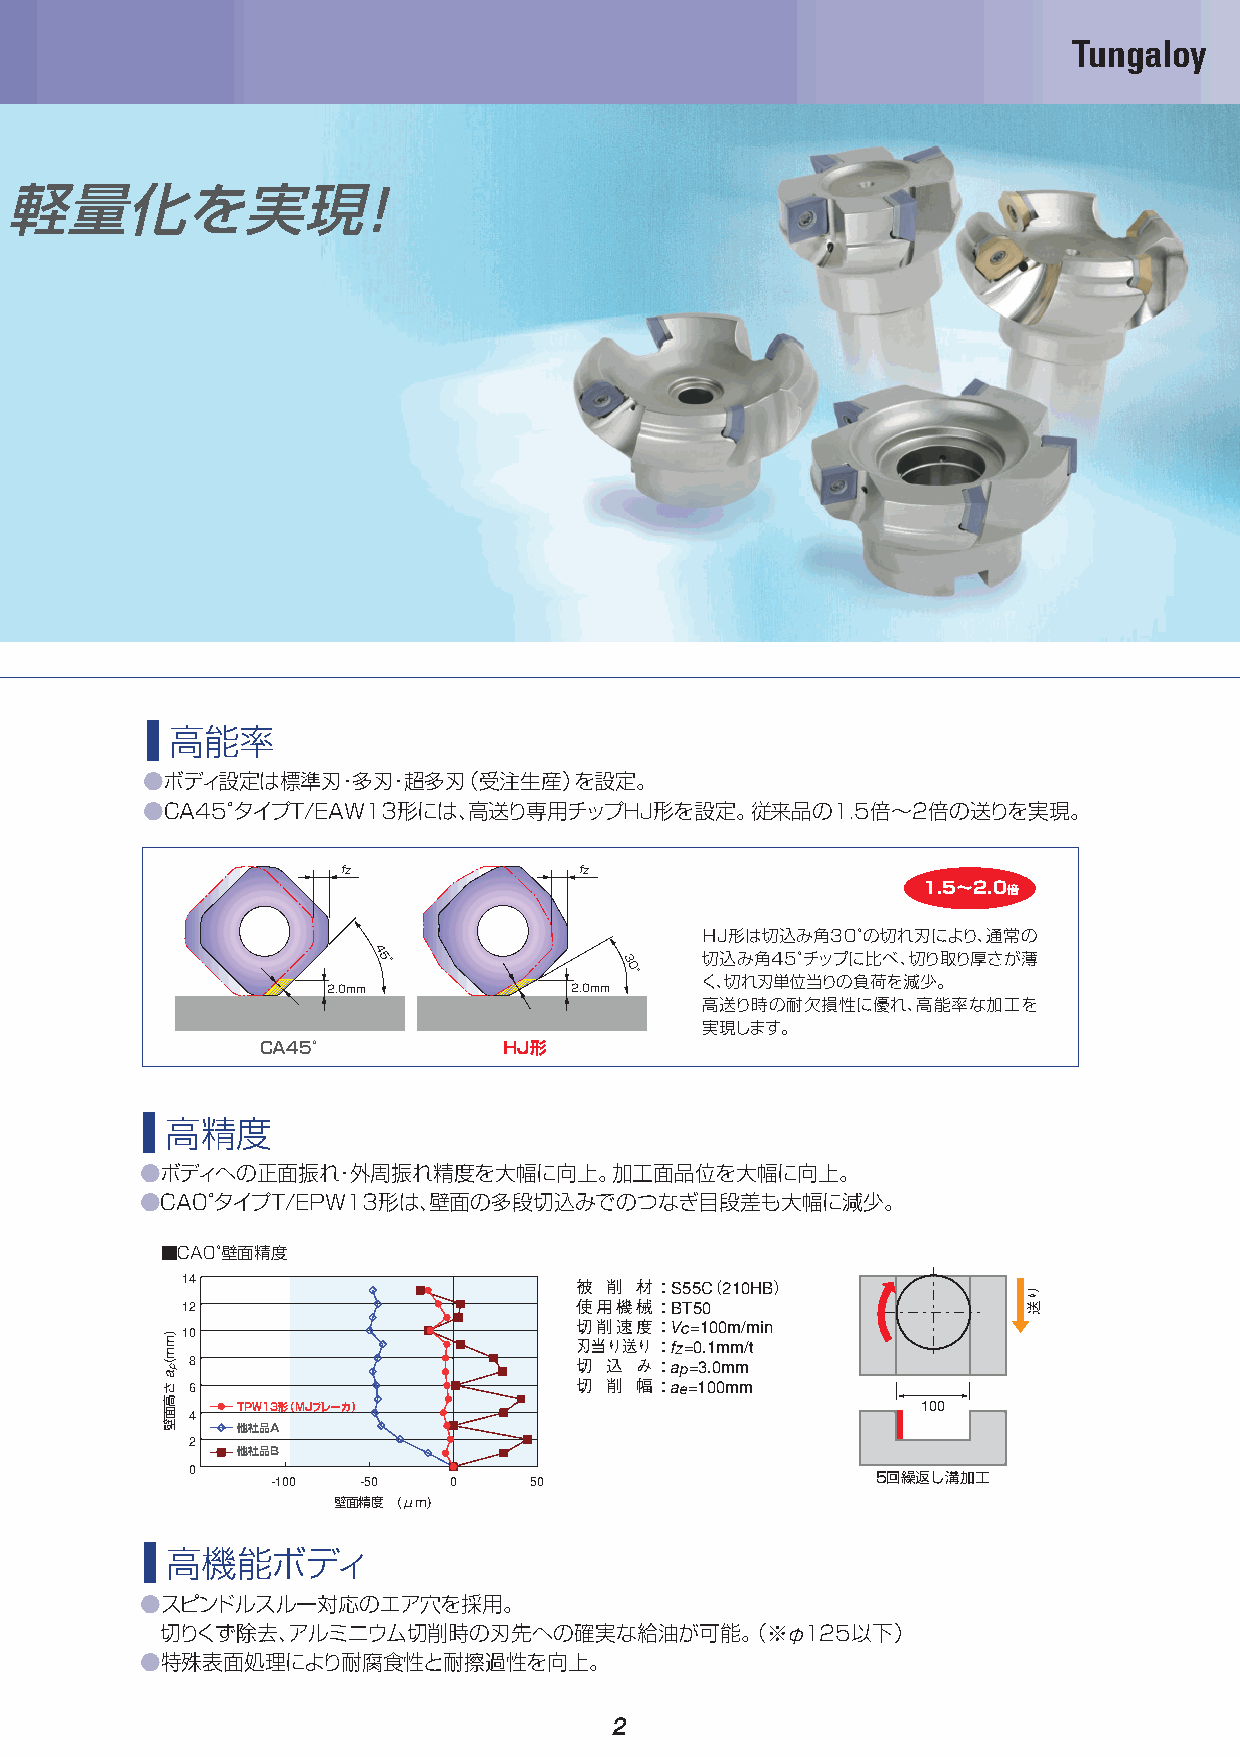
Tungaloy
 軽量化を実現！
 高能率
 ●ボディ設定は標準刃・多刃・超多刃（受注生産）を設定。
 ●CA45°タイプT/EAW13形には、高送り専用チップHJ形を設定。従来品の1.5倍〜2倍の送りを実現。
 fz             fz
 1.5〜2.0倍
 ＨＪ形は切込み角30°の切れ刃により、通常の
 4 5 °           3 0  切込み角45°チップに比べ、切り取り厚さが薄
 °   く、切れ刃単位当りの負荷を減少。
 2.0mm           2.0mm
 高送り時の耐欠損性に優れ、高能率な加工を
 実現します。
 CA45°           HJ形
 高精度
 ●ボディへの正面振れ・外周振れ精度を大幅に向上。加工面品位を大幅に向上。
 ●CA0°タイプT/EPW13形は、壁面の多段切込みでのつなぎ目段差も大幅に減少。
 ■CA0°壁面精度
 14
 被 削 材：S55C（210HB）
 12                        使用機械：BT50
 切削速度：Vc=100m/min
 10
 刃当り送り：fz=0.1mm/t
 8                         切 込 み：ap=3.0mm
 6                         切 削 幅：ae=100mm
 TPW13形（MJブレーカ）                               100
 4
 他社品A
 2
 他社品B
 0
 -100  -50   0    50                     5回繰返し溝加工
 壁面精度 (μm)
 高機能ボディ
 ●スピンドルスルー対応のエア穴を採用。
 切りくず除去、アルミニウム切削時の刃先への確実な給油が可能。（※φ125以下）
 ●特殊表面処理により耐腐食性と耐擦過性を向上。
 2
 )mm(pa
 さ高面壁
 り送